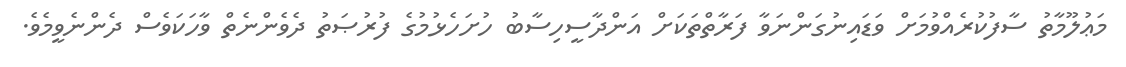
މަޢުލޫމާތު ސާފުކުރެއްވުމަށް ވަޑައިނުގަންނަވާ ފަރާތްތަކަށް އަންދާސީހިސާބު ހުށަހެޅުމުގެ ފުރުޞަތު ދެވެންނެތް ވާހަކަވެސް ދެންނެވީމެވެ.